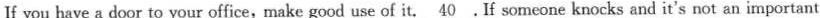
If you have a door to your office,make good use of it.\underline{40}.If someone knocks and it's not an important